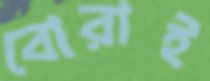
বোরাই